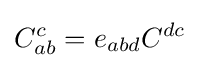
C_{ab}^{c}=e_{abd}C^{dc}